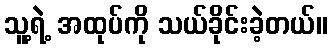
သူ့ရဲ့ အထုပ်ကို သယ်ခိုင်းခဲ့တယ်။